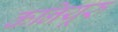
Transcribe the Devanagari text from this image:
कनियूरु